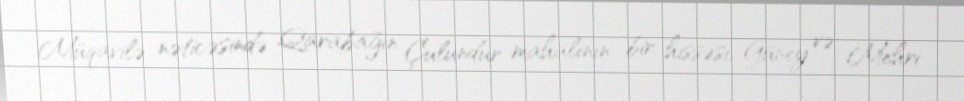
Müqavilə nəticəsində Qarabağın Çulundur mahalının bir hissəsi, Güney və Mehri